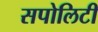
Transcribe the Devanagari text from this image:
सपोलिटी